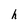
Character: h